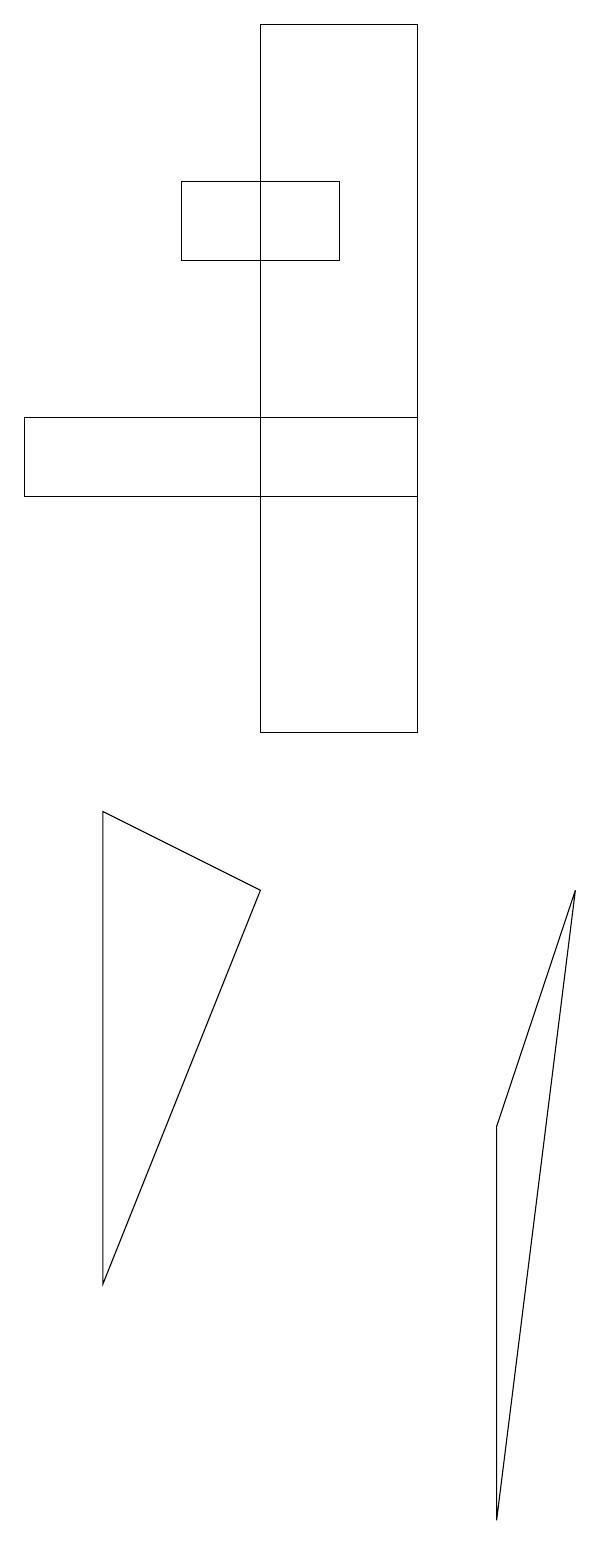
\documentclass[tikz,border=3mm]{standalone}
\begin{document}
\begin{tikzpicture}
\draw (4,10) rectangle (6,19);
\draw (2,3) -- (4,8) -- (2,9) -- cycle;
\draw (7,0) -- (8,8) -- (7,5) -- cycle;
\draw (3,16) rectangle (5,17);
\draw (1,13) rectangle (6,14);
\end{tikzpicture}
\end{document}